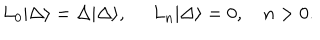
LaTeX: L _ { 0 } | \Delta \rangle = \Delta | \Delta \rangle , \, \, \, \, \, \, \, \, L _ { n } | \Delta \rangle = 0 , \, \, \, \, \, \, n > 0 .